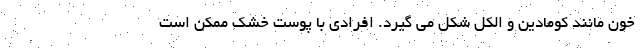
خون مانند کومادین و الکل شکل می گیرد. افرادی با پوست خشک ممکن است